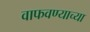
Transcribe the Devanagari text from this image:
वाफवण्याच्या